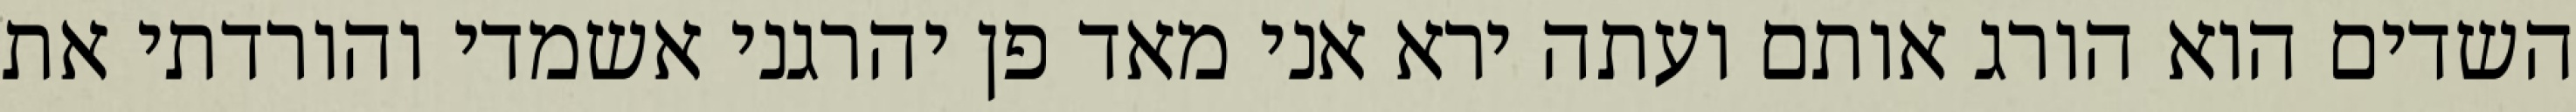
השדים הוא הורג אותם ועתה ירא אני מאד פן יהרגני אשמדי והורדתי את